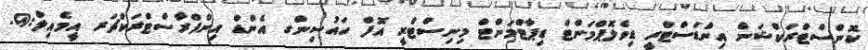
ކޮންސްޓްރަކްޝަން އިންޑަސްޓްރީ ޑިވެލޮޕްމަންޓް ޑިޕާޓްމަންޓް މިނިސްޓްރީ އޮފް ހައުސިންގ އެންޑް އިންފްރާސްޓްރަކްޗަރ އީމެއިލް:@.